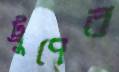
ট্রুপের